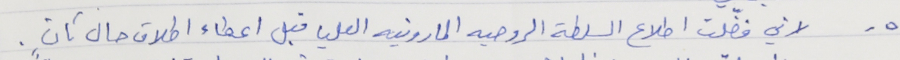
٥ - لاني فضّلت اطلاع السلطة الروحيه المارونيه العليا قبل اعطاء اطلاق حال ثانٍ .